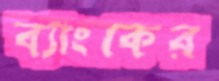
ব্যাংকের